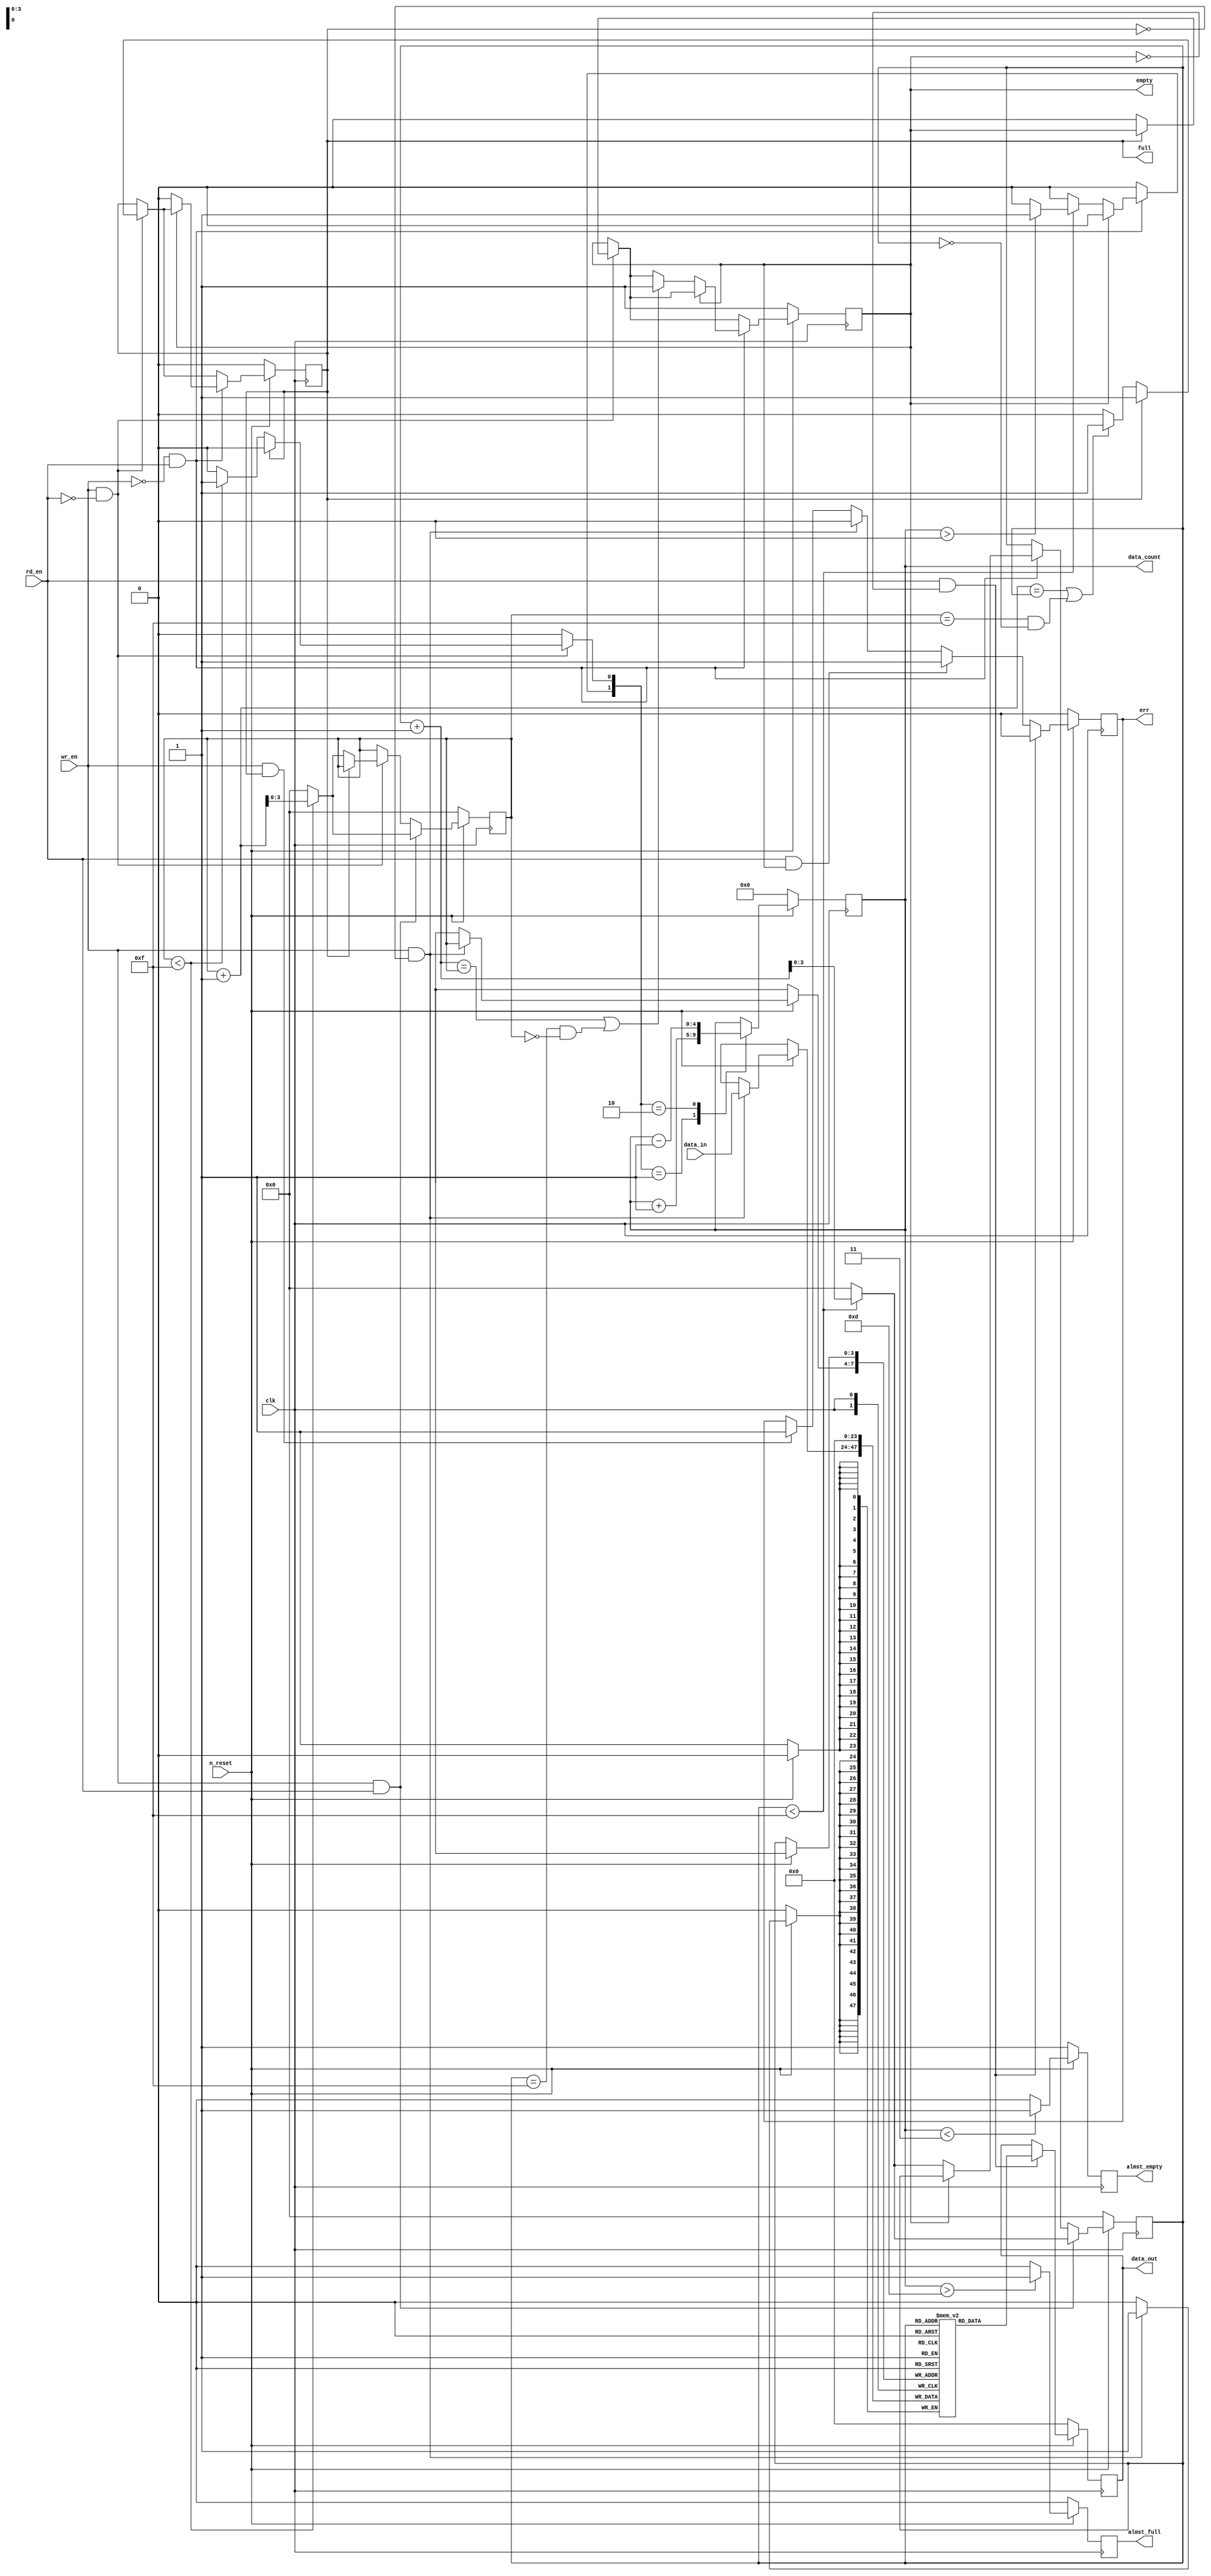
// ***********************************************************************
// FPGA: Lattice ECP2-70E
// IDE: Lattice Diamond ver 2.0.1
//

`timescale 1ns/ 100 ps

module FIFO_v #(parameter ADDR_W = 4, DATA_W = 24, BUFF_L = 16, ALMST_F = 3, ALMST_E = 3) 	// buffer length must be less than or equal to address space as in  BUFF_L <or= 2^(ADDR_W)-1
			(
			output reg 		[DATA_W- 1	:	0]				data_out,
			output reg 		[ADDR_W		:	0]				data_count,
			output	reg															empty,
			output	reg															full,
			output	reg															almst_empty,
			output	reg															almst_full,
			output	reg															err,
			input		wire	[DATA_W -1	:	0]				data_in,
			input		wire														wr_en,
			input		wire														rd_en,
			input		wire 														n_reset,
			input		wire														clk
			);
			
			
////--------------- internal variables ---------------------------------------------------------			
			
			reg 				[DATA_W-1 : 0] 	mem_array [0 : (2**ADDR_W)-1];
			reg					[ADDR_W-1 : 0]	rd_ptr, wr_ptr;
			reg					[ADDR_W-1 : 0]	rd_ptr_nxt, wr_ptr_nxt;
			reg														full_ff, empty_ff;
			reg														full_ff_nxt, empty_ff_nxt;
			reg														almst_f_ff, almst_e_ff;
			reg														almst_f_ff_nxt, almst_e_ff_nxt;
			reg					[ADDR_W : 0]		q_reg, q_nxt;
			reg														q_add, q_sub;
//// ------------------------------------------------------------------------------------------------


//// Always block to update the states
//// ------------------------------------------------------------------------------------------------
	always @ (posedge clk)
		begin	:	reg_update
			if(n_reset == 1'b 0)
				begin
					rd_ptr <= {(ADDR_W-1){1'b 0}};
					wr_ptr <= {(ADDR_W-1){1'b 0}};
					full_ff <= 1'b 0;
					empty_ff <= 1'b 1;
					almst_f_ff <= 1'b 0;
					almst_e_ff <= 1'b 1;
					q_reg <= {(ADDR_W){1'b 0}};
				end
			else
				begin
					rd_ptr <= rd_ptr_nxt;
					wr_ptr <= wr_ptr_nxt;
					full_ff <= full_ff_nxt;
					empty_ff <= empty_ff_nxt;
					almst_f_ff <= almst_f_ff_nxt;
					almst_e_ff <= almst_e_ff_nxt;
					q_reg <= q_nxt;
				 end
		end	// end of always


//// Control for almost full and almost emptly flags
//// ------------------------------------------------------------------------------------------------
	always @ ( almst_e_ff, almst_f_ff, q_reg)
		begin	:	Wtr_Mrk_Cont
			almst_e_ff_nxt = almst_e_ff;
			almst_f_ff_nxt = almst_f_ff;				
		   //// check to see if wr_ptr is ALMST_E away from rd_ptr (aka almost empty)			
			if(q_reg < ALMST_E)
				almst_e_ff_nxt = 1'b 1;
			else
				almst_e_ff_nxt = 1'b 0;

			if(q_reg > BUFF_L-ALMST_F)
				almst_f_ff_nxt = 1'b 1;
			else
				almst_f_ff_nxt = 1'b 0;
				
		end	// end of always
			
//// Control for read and write pointers and empty/full flip flops			
	always @ (wr_en, rd_en, wr_ptr, rd_ptr, empty_ff, full_ff, q_reg)
		begin
			
			wr_ptr_nxt = wr_ptr ;											//// no change to pointers
			rd_ptr_nxt = rd_ptr;
			full_ff_nxt = full_ff;
			empty_ff_nxt = empty_ff;
			q_add = 1'b 0;
			q_sub = 1'b 0;
		////---------- check if fifo is full during a write attempt, after a write increment counter
		////----------------------------------------------------			
			if(wr_en == 1'b 1 & rd_en == 1'b 0)
				begin
					if(full_ff == 1'b 0)
						begin
							if(wr_ptr < BUFF_L-1)									
								begin
									q_add = 1'b 1;
									wr_ptr_nxt = wr_ptr + 1;
									empty_ff_nxt = 1'b 0;
								end
							else
								begin
									wr_ptr_nxt = {(ADDR_W-1){1'b 0}};
									empty_ff_nxt = 1'b 0;
								end
							//// check if fifo is full
							if( (wr_ptr+1 == rd_ptr) || ((wr_ptr == BUFF_L-1) && (rd_ptr == 1'b 0)))   
								full_ff_nxt = 1'b 1;
						end
				end
					
		////---------- check to see if fifo is empty during a read attempt, after a read decrement counter
		////---------------------------------------------------------------
			if( (wr_en == 1'b 0) && (rd_en == 1'b 1))
				begin					
					if(empty_ff == 1'b 0) 
						begin
							if(rd_ptr < BUFF_L-1 )													
								begin
									if(q_reg > 0)
										q_sub = 1'b 1;
									else
										q_sub = 1'b 0;
									rd_ptr_nxt = rd_ptr + 1;
									full_ff_nxt = 1'b 0;
								end
							else	
								begin
									rd_ptr_nxt = {(ADDR_W-1){1'b 0}}; 
									full_ff_nxt = 1'b 0;		
								end
			
							//// check if fifo is empty
							if( (rd_ptr  + 1 == wr_ptr) || ((rd_ptr == BUFF_L -1) && (wr_ptr == 1'b 0 )))  
								empty_ff_nxt = 1'b 1;
						end
				end
			
		//// -----------------------------------------------------------------
			if( (wr_en == 1'b 1) && (rd_en == 1'b 1)) 
				begin
					if(wr_ptr < BUFF_L -1) 
						wr_ptr_nxt = wr_ptr  + 1;	
					else											
						wr_ptr_nxt =  {(ADDR_W-1){1'b 0}}; 
					
					if(rd_ptr < BUFF_L -1) 
						rd_ptr_nxt = rd_ptr + 1;		
					else
						rd_ptr_nxt = {(ADDR_W-1){1'b 0}}; 
				end
			
		end  // end of always


//// Control for memory array writing and reading
//// ----------------------------------------------------------------------
	always @ (posedge clk)
		begin		:		mem_cont
			if( n_reset == 1'b 0)
				begin
					mem_array[rd_ptr] <=  {(DATA_W-1){1'b 0}}; 
					data_out <= {(DATA_W-1){1'b 0}}; 
					err <= 1'b 0;
				end
			else
				begin
					////  if write enable and not full then latch in data and increment wright pointer	
					if( (wr_en == 1'b 1) && (full_ff == 1'b 0) )
						begin
							mem_array[wr_ptr] <=  data_in;
							err <= 1'b 0;						
						end
					else if( (wr_en == 1'b 1) && (full_ff == 1'b 1))      ////  check if full and trying to write
						err <= 1'b 1;
						
					//// if read enable and fifo not empty then latch data out and increment read pointer
					if( (rd_en == 1'b 1) && (empty_ff == 1'b 0))
						begin
							data_out <= mem_array[rd_ptr];
							err <= 1'b 0;
						end
					else if( (rd_en == 1'b 1) && (empty_ff == 1'b 1))
						err <= 1'b 1;
						
				end	// end else
		end	// end always
						
			
//// Combo Counter with Control Flags
//// ------------------------------------------------------------------------------------------------
	always @ ( q_sub, q_add, q_reg)
		begin	:	Counter
			case( {q_sub , q_add} )
				2'b 01 :
						q_nxt = q_reg + 1;
				2'b 10 :
						q_nxt = q_reg - 1;
				default :
						q_nxt = q_reg;
			endcase 	
		end	// end of always		
			
//// Connect internal regs to ouput ports
//// ------------------------------------------------------------------------------------------------
	always @ (full_ff, empty_ff, almst_e_ff, almst_f_ff, q_reg)
		begin
			full = full_ff;
			empty = empty_ff;
			almst_empty = almst_e_ff; 
			almst_full = almst_f_ff;
			data_count = q_reg;
		end
			
endmodule